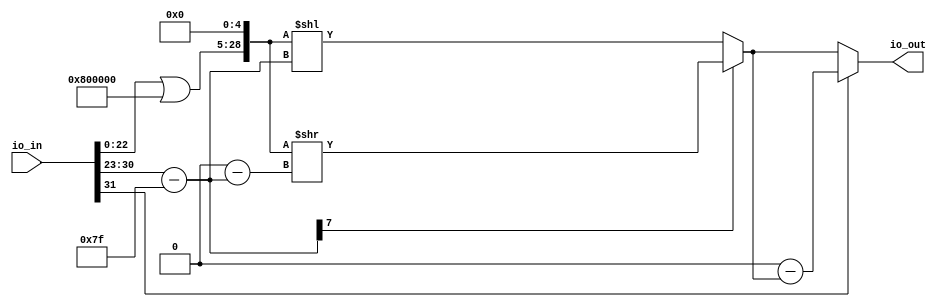
module FloatToFixed32(
  input  [31:0] io_in,
  output [31:0] io_out
);
  wire [31:0] frac = {9'h0,io_in[22:0]}; // @[FixedPoint.scala 17:42]
  wire [7:0] exp = io_in[30:23]; // @[FixedPoint.scala 18:25]
  wire  sign = io_in[31]; // @[FixedPoint.scala 19:26]
  wire [7:0] shiftamt = exp - 8'h7f; // @[FixedPoint.scala 20:37]
  wire [31:0] _data_T_3 = frac | 32'h800000; // @[FixedPoint.scala 23:18]
  wire [36:0] _GEN_0 = {_data_T_3, 5'h0}; // @[FixedPoint.scala 23:40]
  wire [38:0] _data_T_4 = {{2'd0}, _GEN_0}; // @[FixedPoint.scala 23:40]
  wire [7:0] _data_T_8 = 8'sh0 - $signed(shiftamt); // @[FixedPoint.scala 23:63]
  wire [38:0] _data_T_9 = _data_T_4 >> _data_T_8; // @[FixedPoint.scala 23:48]
  wire [7:0] _data_T_13 = exp - 8'h7f; // @[FixedPoint.scala 24:62]
  wire [293:0] _GEN_1 = {{255'd0}, _data_T_4}; // @[FixedPoint.scala 24:48]
  wire [293:0] _data_T_14 = _GEN_1 << _data_T_13; // @[FixedPoint.scala 24:48]
  wire [293:0] data = shiftamt[7] ? {{255'd0}, _data_T_9} : _data_T_14; // @[FixedPoint.scala 22:17]
  wire [293:0] _io_out_T_3 = 294'h0 - data; // @[FixedPoint.scala 25:40]
  wire [293:0] _io_out_T_4 = sign ? _io_out_T_3 : data; // @[FixedPoint.scala 25:16]
  assign io_out = _io_out_T_4[31:0]; // @[FixedPoint.scala 25:10]
endmodule